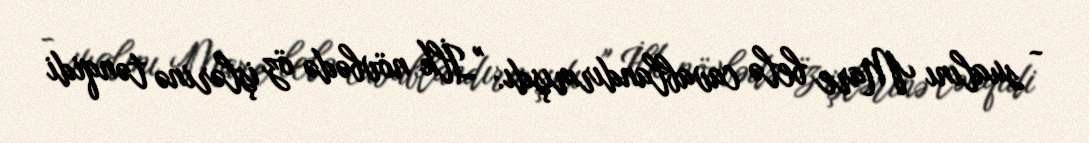
- sualını Mare belə cavablandırmışdı: "İlk növbədə öz işlərinə tənqidi